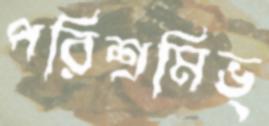
পরিশ্রমিভ্